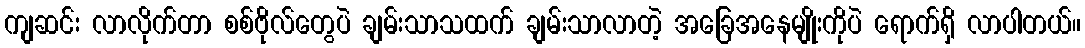
ကျဆင်း လာလိုက်တာ စစ်ဗိုလ်တွေပဲ ချမ်းသာသထက် ချမ်းသာလာတဲ့ အခြေအနေမျိုးကိုပဲ ရောက်ရှိ လာပါတယ်။